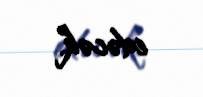
edəcək.